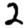
Digit: 2